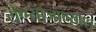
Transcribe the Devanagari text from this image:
येण्याजाण्यास